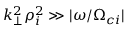
k _ { \perp } ^ { 2 } \rho _ { i } ^ { 2 } \gg \lvert \omega / \Omega _ { c i } \rvert